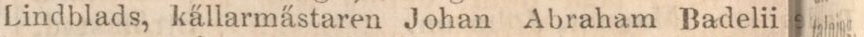
Lindblads, källarmästaren Johan Abraham Badelii